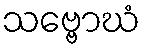
သဗ္ဗောဃံ